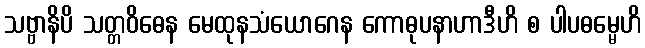
သဗ္ဗာနိပိ သတ္တဝိဓေန မေထုနသံယောဂေန ကောဓုပနာဟာဒီဟိ စ ပါပဓမ္မေဟိ